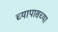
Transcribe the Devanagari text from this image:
च्यापासच्या